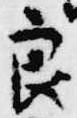
良